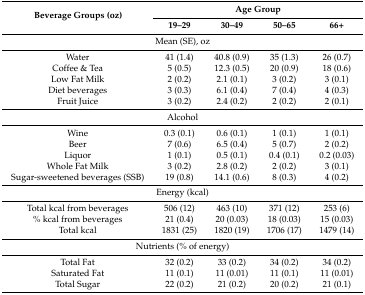
| <ROWSPAN=2> Beverage Groups (oz) | <COLSPAN=4> Age Group |
 | 19–29 | 30–49 | 50–65 | 66+ |
 | --- | --- | --- | --- | --- |
 | <COLSPAN=5> Mean (SE), oz |
 | Water | 41 (1.4) | 40.8 (0.9) | 35 (1.3) | 26 (0.7) |
 | Coffee & Tea | 5 (0.5) | 12.3 (0.5) | 20 (0.9) | 18 (0.6) |
 | Low Fat Milk | 2 (0.2) | 2.1 (0.1) | 3 (0.2) | 3 (0.1) |
 | Diet beverages | 3 (0.3) | 6.1 (0.4) | 7 (0.4) | 4 (0.3) |
 | Fruit Juice | 3 (0.2) | 2.4 (0.2) | 2 (0.2) | 2 (0.1) |
 | <COLSPAN=5> Alcohol |
 | Wine | 0.3 (0.1) | 0.6 (0.1) | 1 (0.1) | 1 (0.1) |
 | Beer | 7 (0.6) | 6.5 (0.4) | 5 (0.7) | 2 (0.2) |
 | Liquor | 1 (0.1) | 0.5 (0.1) | 0.4 (0.1) | 0.2 (0.03) |
 | Whole Fat Milk | 3 (0.2) | 2.8 (0.2) | 2 (0.2) | 3 (0.1) |
 | Sugar-sweetened beverages (SSB) | 19 (0.8) | 14.1 (0.6) | 8 (0.3) | 4 (0.2) |
 | <COLSPAN=5> Energy (kcal) |
 | Total kcal from beverages | 506 (12) | 463 (10) | 371 (12) | 253 (6) |
 | % kcal from beverages | 21 (0.4) | 20 (0.03) | 18 (0.03) | 15 (0.03) |
 | Total kcal | 1831 (25) | 1820 (19) | 1706 (17) | 1479 (14) |
 | <COLSPAN=5> Nutrients (% of energy) |
 | Total Fat | 32 (0.2) | 33 (0.2) | 34 (0.2) | 34 (0.2) |
 | Saturated Fat | 11 (0.1) | 11 (0.01) | 11 (0.1) | 11 (0.01) |
 | Total Sugar | 22 (0.2) | 21 (0.2) | 20 (0.2) | 21 (0.1) |